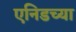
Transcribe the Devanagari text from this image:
एनिडच्या